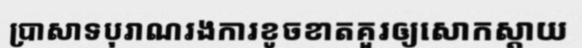
ប្រាសាទបុរាណរងការខូចខាតគួរឲ្យសោកស្តាយ